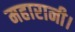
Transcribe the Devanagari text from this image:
महारानी।